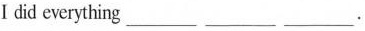
Ⅰdid everything ___ ___ ___.